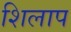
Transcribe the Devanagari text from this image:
शिलाप